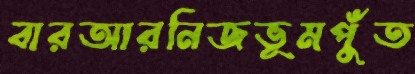
বারআরনিজভূমপুঁত